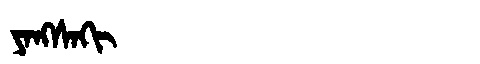
Manchu: ᠶᠠᠩᠰᠠᡴᡳ
Romanization: YANGSAKI